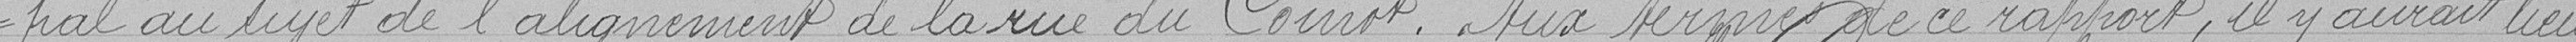
-pal au sujet de l'alignement de la rue du Coinot. Au termes de ce rapport, il y aurait lieu